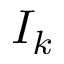
I _ { k }